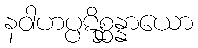
နဝါဟပ္ပဋိစ္ဆန္နာယော